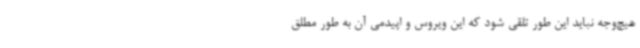
هیچ‌وجه نباید این طور تلقی شود که این ویروس و اپیدمی آن به طور مطلق